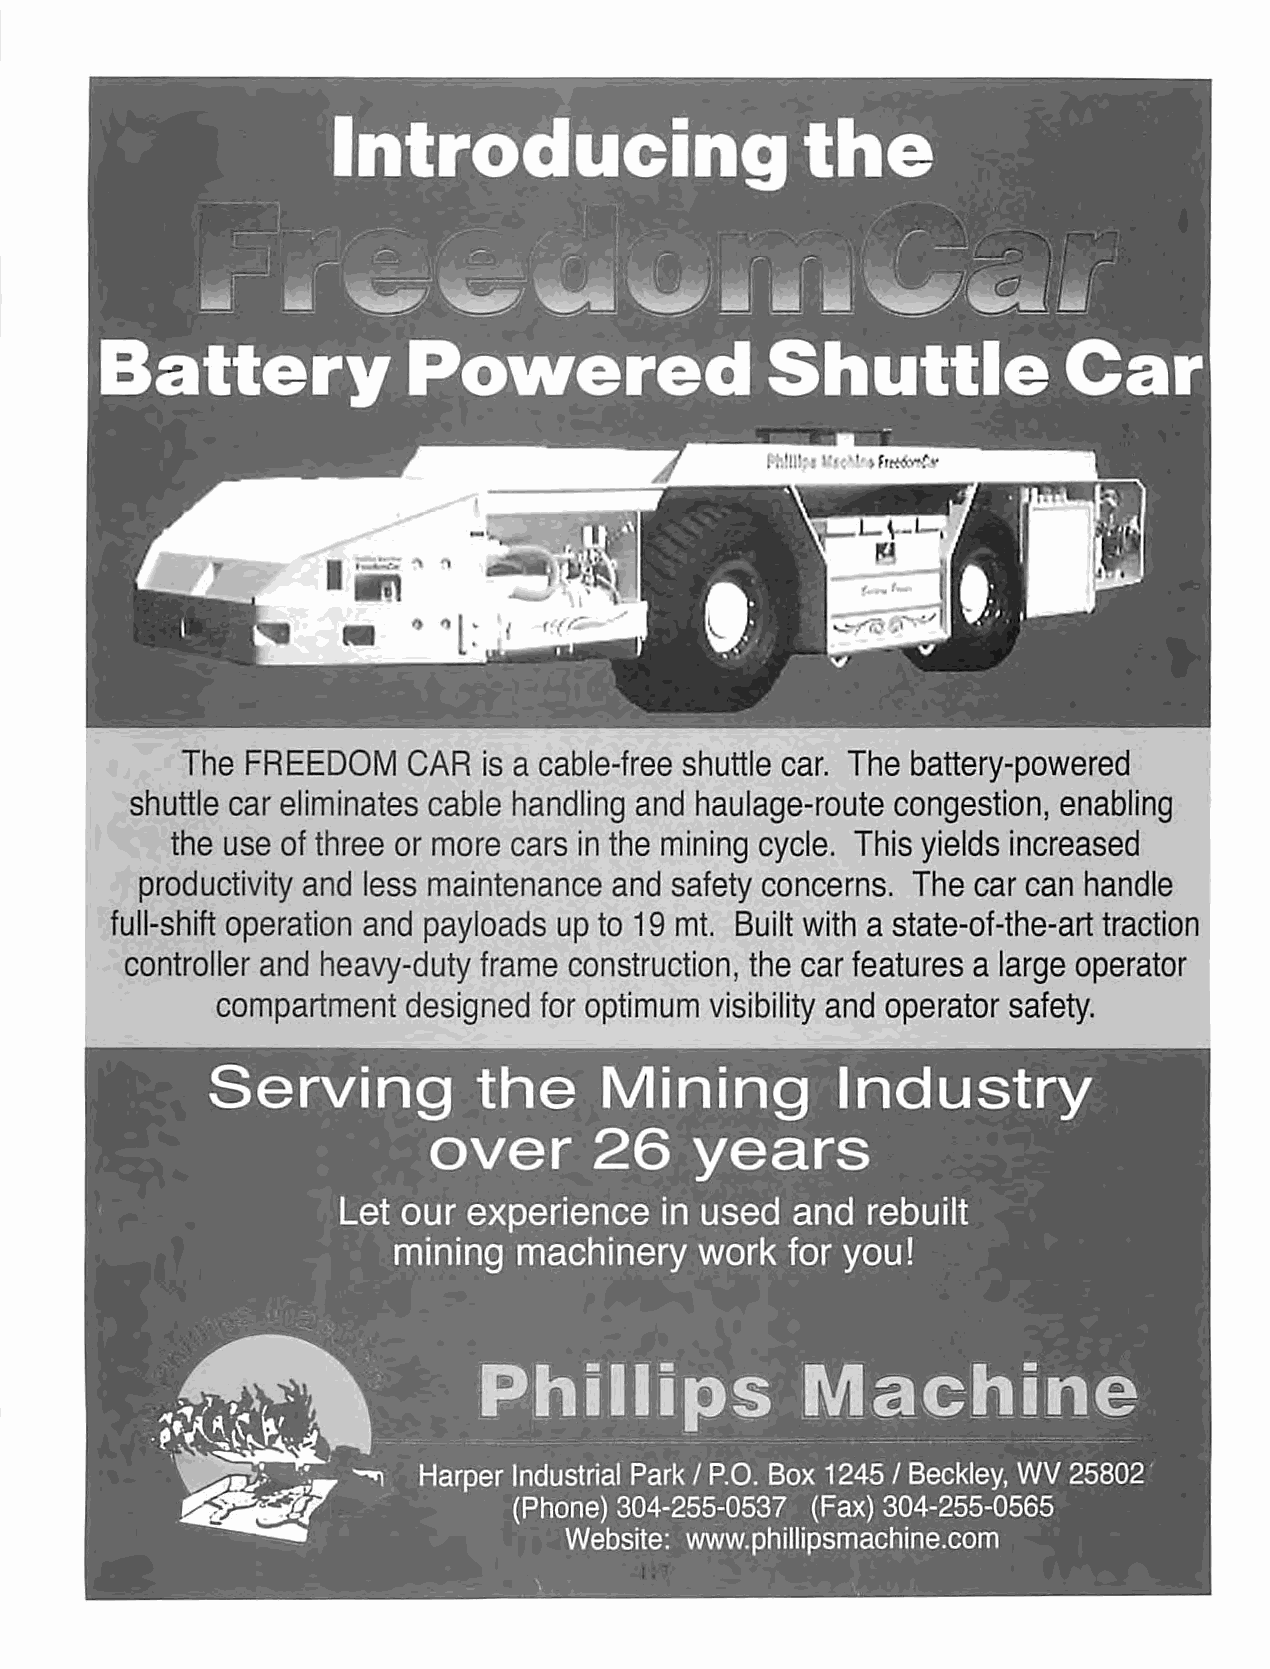
Introducing                    the
 Battery             Powered                 Shuttle            Car
 j       f;-.!ll!:i l-'icM'tfiretfyC
 V-U-,
 8-'
 Ki
 <» 1                            s
 I     The FREEDOM    CAR  is a cable-free shuttle car. The battery-powered
 shuttle car eliminates cable handling and haulage-route congestion, enabling
 the use ofthree or more cars in the mining cycle. This yields increased
 productivity and less maintenance and safety concerns. The car can handle
 full-shift operation and payloads up to 19 mt. Built with a state-of-the-art traction
 controller and heavy-duty frame construction, the car features a large operator
 compartment  designed for optimum visibility and operator safety.
 Serving          the      Mining          Industry
 over       26     years
 Let  our experience   in used and  rebuilt
 mining  machinery   work  for you!
 Phillips             Machine
 ^n   Harper Industrial Park/ P.O. Box 1245/ Beckley, WV 25802
 (Phone) 304-255-0537 (Fax) 304-255-0565
 Website: www.phillipsmachine.com